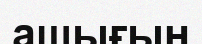
ашығын